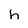
Character: h